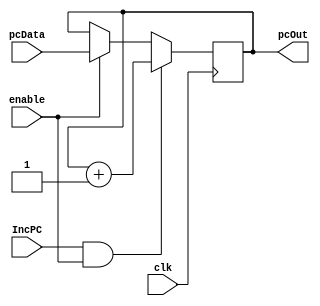
module PC_reg(
input clk, IncPC, enable,
	input [31:0] pcData,
	output reg[31:0] pcOut
	);
	
	initial pcOut = 0;
	always @ (posedge clk)
	begin
		if(IncPC == 1 && enable ==1)
			pcOut <= pcOut + 1;
		else if (enable == 1)
			pcOut <= pcData;
	end
				
endmodule